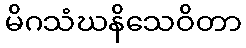
မိဂသံဃနိသေဝိတာ